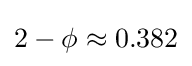
2-\phi \approx 0.382